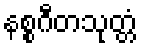
နစ္စဂီတသုတ္တံ